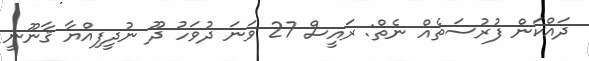
ދައްކަން ފުރުސަތެއް ނެތް: ރައީސް 27 ވަނަ ދުވަހު ދޫ ނުދީފިއްޔާ ޤާނޫނީ